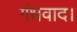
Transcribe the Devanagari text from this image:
गंधवाद।